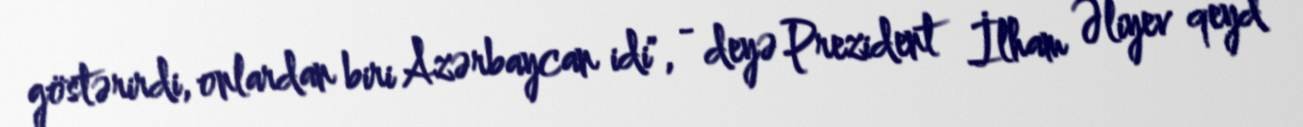
göstərirdi, onlardan biri Azərbaycan idi", - deyə Prezident İlham Əliyev qeyd